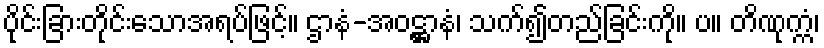
ပိုင်းခြားတိုင်းသောအရပ်ဖြင့်။ ဌာနံ-အဝဋ္ဌာနံ၊ သက်၍တည်ခြင်းကို။ ပ။ တိဏုက္ကံ၊